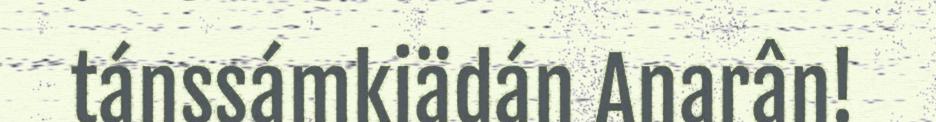
tánssámkiädán Anarân!